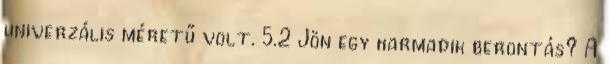
univerzális méretű volt. 5.2 Jön egy harmadik berontás? A